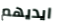
ايديهم